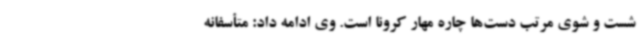
شست و شوی مرتب دست‌ها چاره مهار کرونا است. وی ادامه داد: متأسفانه